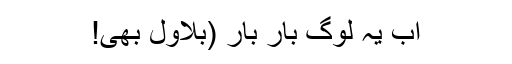
اب یہ لوگ بار بار (بلاول بھی!